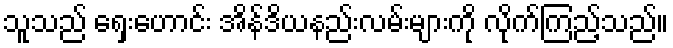
သူသည် ရှေးဟောင်း အိန်ဒိယနည်းလမ်းများကို လိုက်ကြည့်သည်။